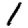
Digit: 1